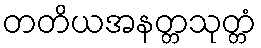
တတိယအနတ္တသုတ္တံ